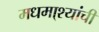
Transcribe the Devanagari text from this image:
मधमा्श्यांची